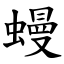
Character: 蟃